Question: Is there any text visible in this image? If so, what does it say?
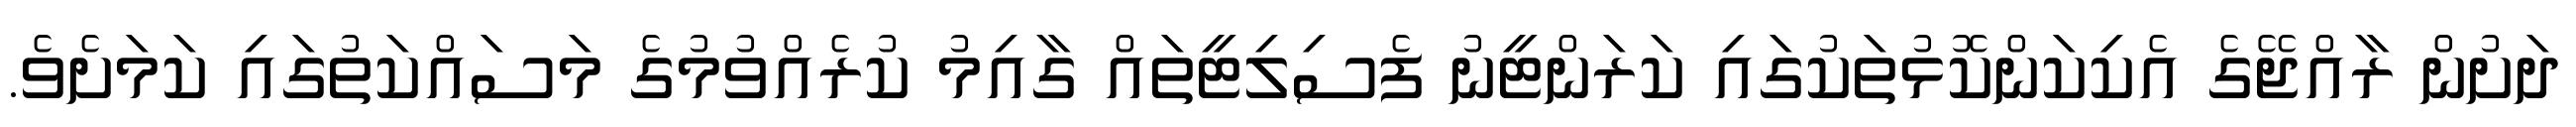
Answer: ދަށުން ރާއްޖޭގެ އެކިކަންކޮޅުތަކުގައި ކަރަންޓީނު ފެސިލިޓީތައް ގާއިމު ކުރެއްވުމުގެ މަސައްކަތުގައި ކަމަށެވެ.